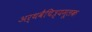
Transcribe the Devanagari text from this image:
अर्थवैचित्र्यमूलक